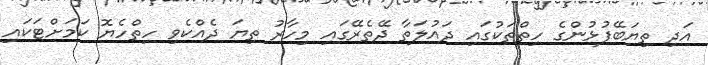
އަދި ތިޔަބޭފުޅުންގެ ހިތްތަކުގައި ދައުލަތާ ދޭތެރޭގައި މިހާރު ތިޔަ ދެއްކެވި ހިތްހެޔޮ ކަމަށްޓަކައި